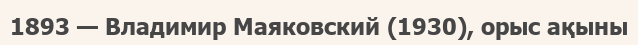
1893 — Владимир Маяковский (1930), орыс ақыны